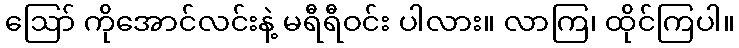
ဪ ကိုအောင်လင်းနဲ့ မရီရီဝင်း ပါလား။ လာကြ၊ ထိုင်ကြပါ။